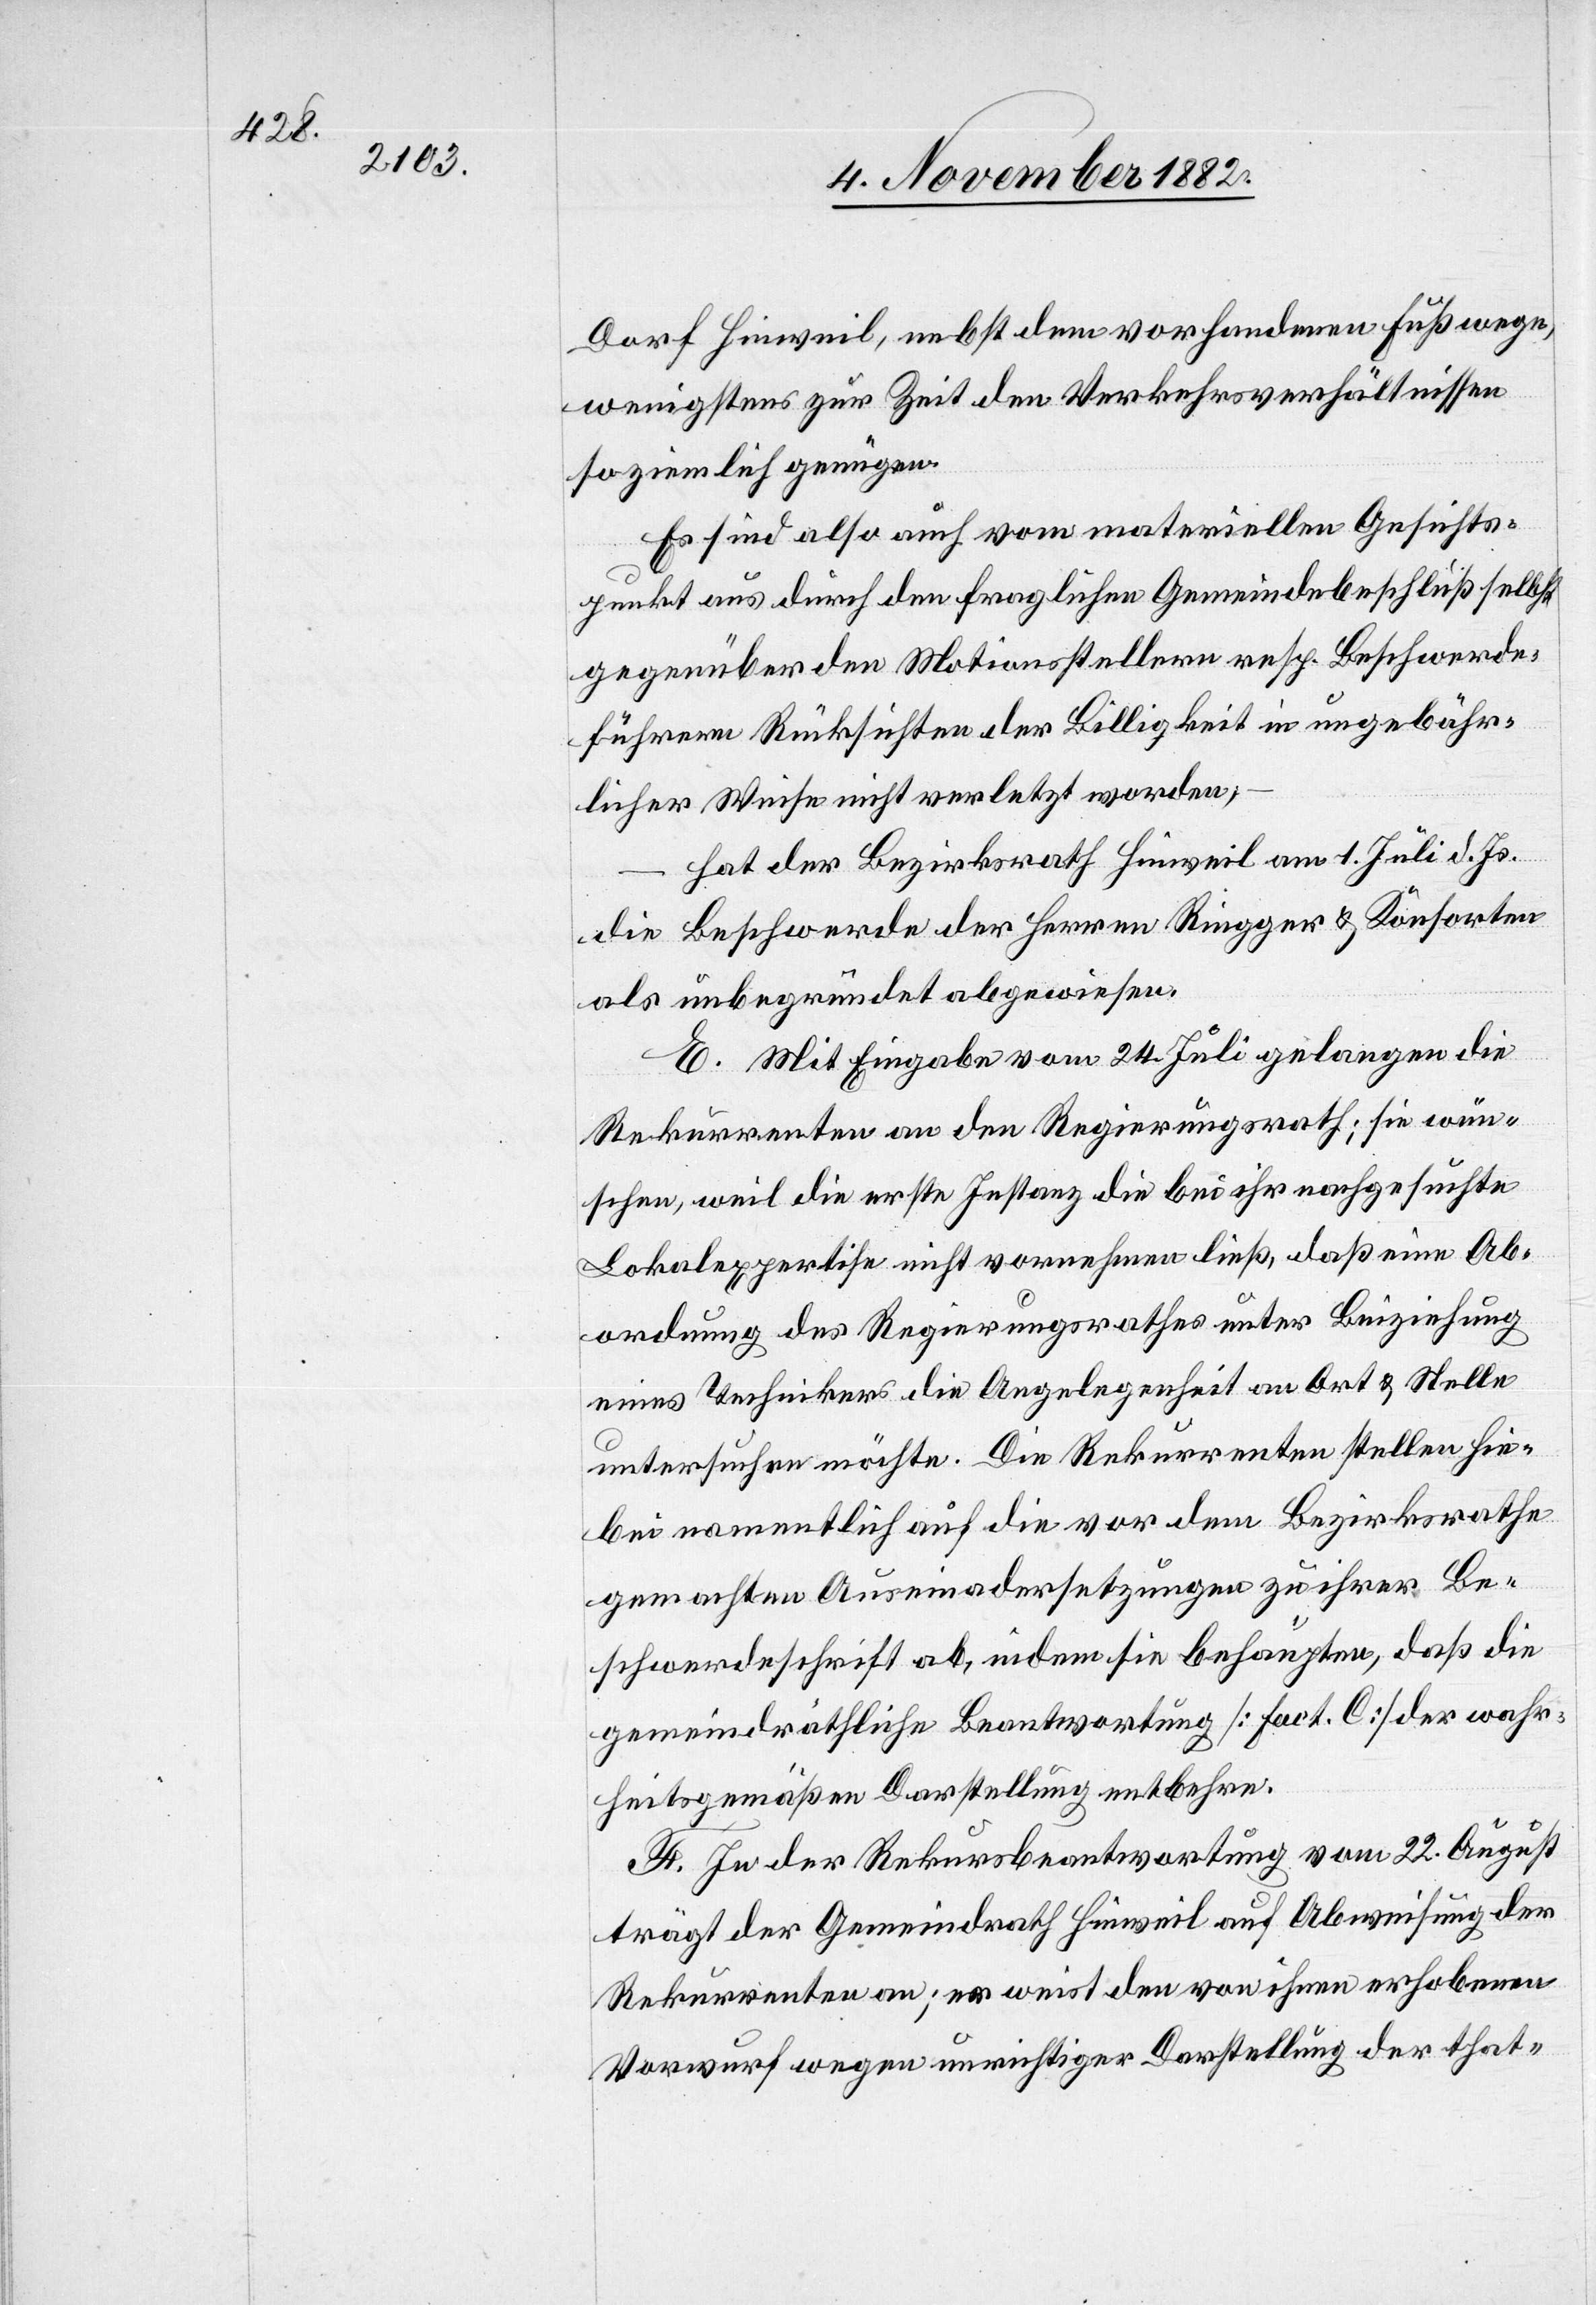
Dorf Hinweil, nebst dem vorhandenen Fußwege,
wenigstens zur Zeit den Verkehrsverhältnissen
so ziemlich genügen.
Es sind also auch vom materiellen Gesichts¬
punkt aus durch den fraglichen Gemeindebeschluß selbst
gegenüber den Motionsstellern resp. Beschwerde¬
führern Rücksichten der Billigkeit in ungebühr¬
licher Weise nicht verletzt worden,
hat der Regierungsrath Hinweil am 1. Juli d. Js.
die Beschwerde der Herren Ringger & Konsorten
als unbegründet abgewiesen.
E. Mit Eingabe vom 24. Juli gelangen die
Rekurrenten an den Regierungsrath; sie wün¬
schen, will die erste Instanz die bei ihr nachgesuchte
Lokalexpertise nicht vornehmen ließ, daß eine Ab¬
ordnung des Regierungsrathes unter Beiziehung
eines Technikers die Angelegenheit an Ort & Stelle
untersuchen möchte. Die Rekurrenten stellen hie¬
bei namentlich auf die vor dem Bezirksrathe
gemachten Auseinandersetzungen zu ihrer Be¬
schwerdeschrift ab, indem sie behaupten, daß die
gemeindräthliche Beantwortung [fact. C] der wahr¬
heitsgemäßen Darstellung entbehre.
F. In der Rekursbeantwortung vom 22. August
trägt der Gemeindrath Hinweil auf Abweisung der
Rekurrenten an; er weist den von ihnen erhobenen
Vorwurf wegen unrichtiger Darstellung der that-